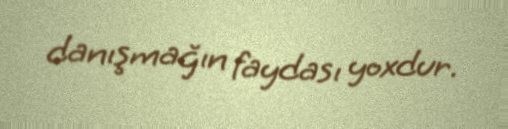
danışmağın faydası yoxdur.